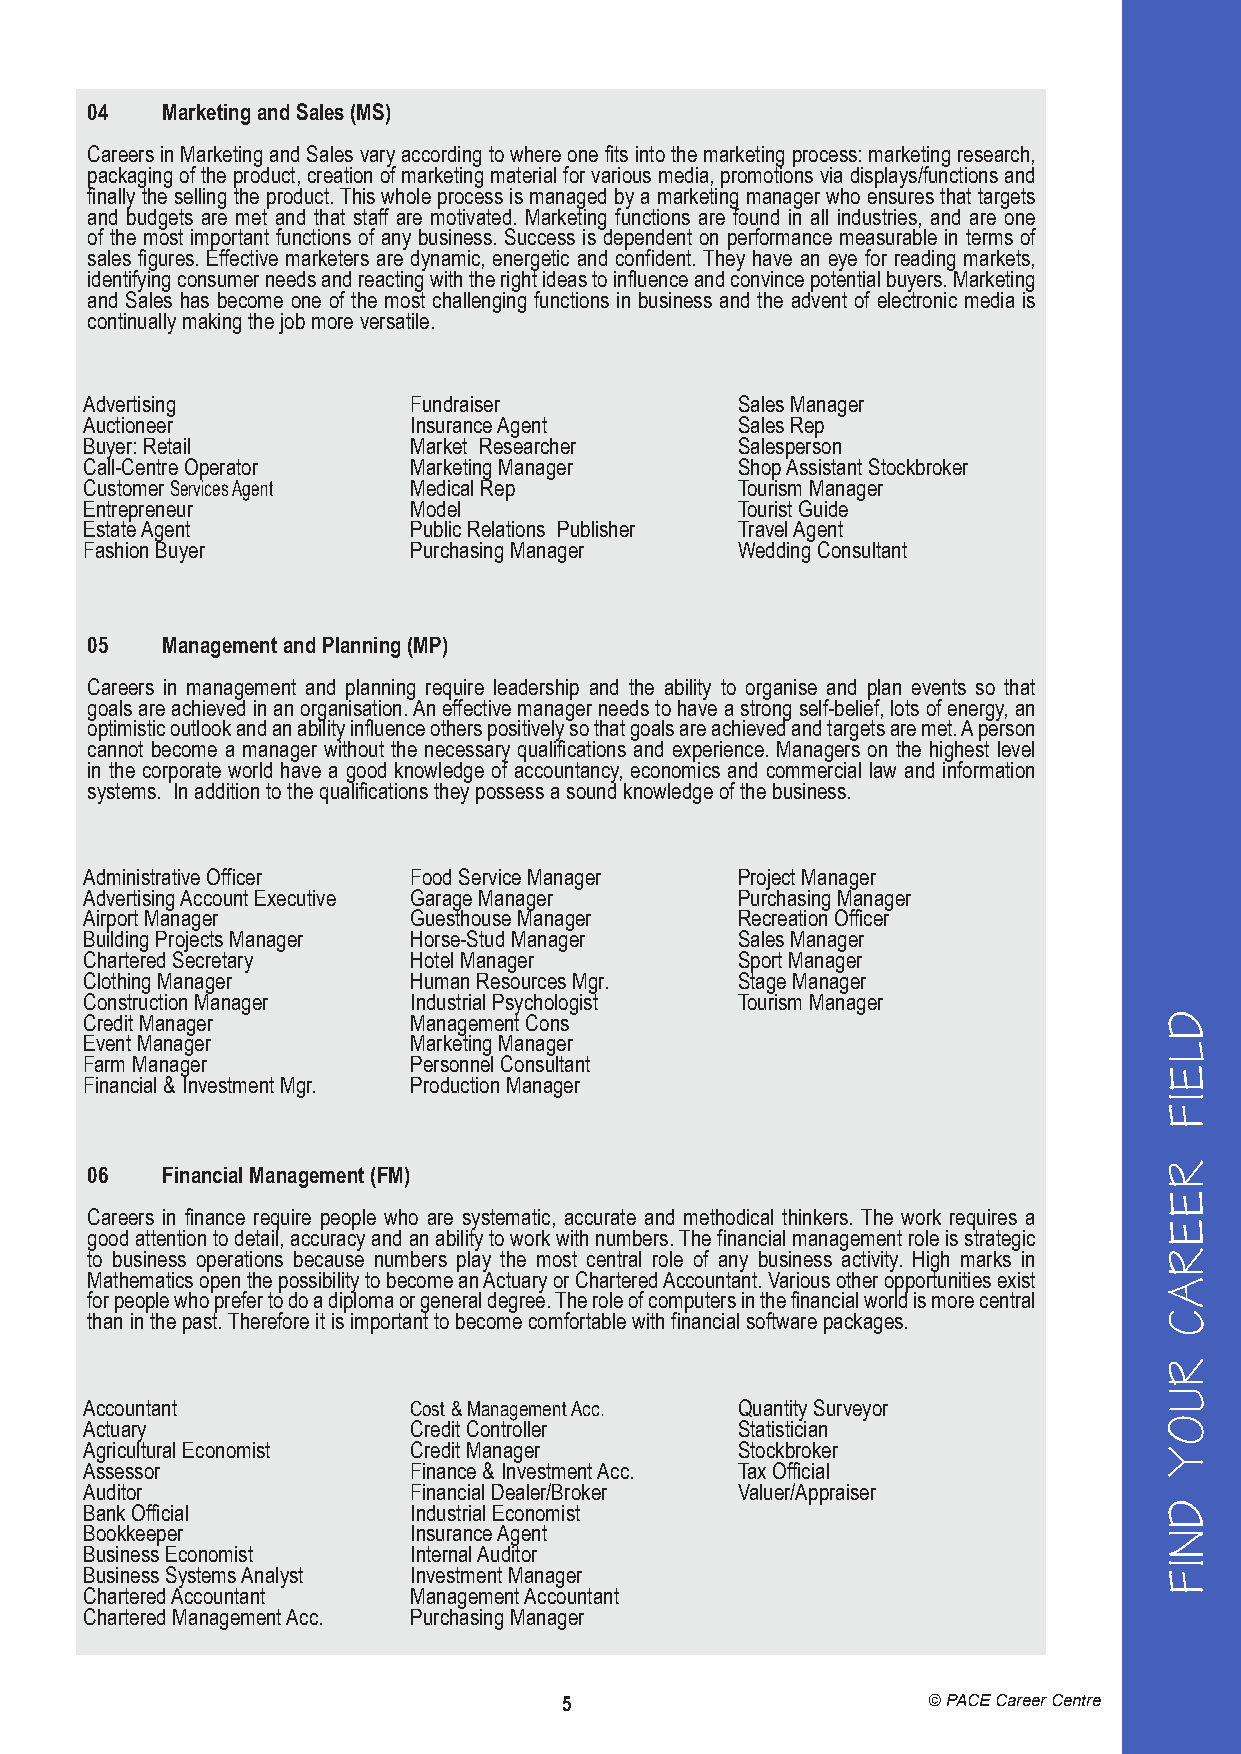
04   Marketing and Sales (MS)
 Careers in Marketing and Sales vary according to where one fits into the marketing process: marketing research,
 packaging of the product, creation of marketing material for various media, promotions via displays/functions and
 finally the selling the product. This whole process is managed by a marketing manager who ensures that targets
 and budgets are met and that staff are motivated. Marketing functions are found in all industries, and are one
 of the most important functions of any business. Success is dependent on performance measurable in terms of
 sales figures. Effective marketers are dynamic, energetic and confident. They have an eye for reading markets,
 identifying consumer needs and reacting with the right ideas to influence and convince potential buyers. Marketing
 and Sales has become one of the most challenging functions in business and the advent of electronic media is
 continually making the job more versatile.
 Advertising           Fundraiser            Sales Manager
 Auctioneer            Insurance Agent       Sales Rep
 Buyer: Retail         Market Researcher     Salesperson
 Call-Centre Operator  Marketing Manager     Shop Assistant Stockbroker
 Customer Services Agent Medical Rep         Tourism Manager
 Entrepreneur          Model                 Tourist Guide
 Estate Agent          Public Relations Publisher Travel Agent
 Fashion Buyer         Purchasing Manager    Wedding Consultant
 05   Management and Planning (MP)
 Careers in management and planning require leadership and the ability to organise and plan events so that
 goals are achieved in an organisation. An effective manager needs to have a strong self-belief, lots of energy, an
 optimistic outlook and an ability influence others positively so that goals are achieved and targets are met. A person
 cannot become a manager without the necessary qualifications and experience. Managers on the highest level
 in the corporate world have a good knowledge of accountancy, economics and commercial law and information
 systems. In addition to the qualifications they possess a sound knowledge of the business.
 Administrative Officer Food Service Manager Project Manager
 Advertising Account Executive Garage Manager Purchasing Manager
 Airport Manager       Guesthouse Manager    Recreation Officer
 Building Projects Manager Horse-Stud Manager Sales Manager
 Chartered Secretary   Hotel Manager         Sport Manager
 Clothing Manager      Human Resources Mgr.  Stage Manager
 Construction Manager  Industrial Psychologist Tourism Manager
 Credit Manager        Management Cons
 Event Manager         Marketing Manager
 Farm Manager          Personnel Consultant
 Financial & Investment Mgr. Production Manager
 06   Financial Management (FM)
 Careers in finance require people who are systematic, accurate and methodical thinkers. The work requires a
 good attention to detail, accuracy and an ability to work with numbers. The financial management role is strategic
 to business operations because numbers play the most central role of any business activity. High marks in
 Mathematics open the possibility to become an Actuary or Chartered Accountant. Various other opportunities exist
 for people who prefer to do a diploma or general degree. The role of computers in the financial world is more central
 than in the past. Therefore it is important to become comfortable with financial software packages.
 Accountant            Cost & Management Acc. Quantity Surveyor
 Actuary               Credit Controller     Statistician
 Agricultural Economist Credit Manager       Stockbroker
 Assessor              Finance & Investment Acc. Tax Official
 Auditor               Financial Dealer/Broker Valuer/Appraiser
 Bank Official         Industrial Economist
 Bookkeeper            Insurance Agent
 Business Economist    Internal Auditor
 Business Systems Analyst Investment Manager
 Chartered Accountant  Management Accountant
 Chartered Management Acc. Purchasing Manager
 5                       © PACE Career Centre
 REERAC
 A
 ESOOHC
 DLEIF
 REERAC
 RUOY
 DNIF